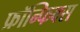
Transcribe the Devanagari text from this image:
फ्रॉन्फिक्स